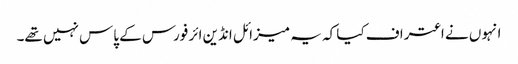
انہوں نے اعتراف کیا کہ یہ میزائل انڈین ائر فورس کے پاس نہیں تھے۔